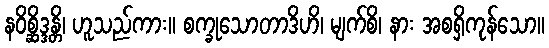
နဝိစ္ဆိဒ္ဒန္တိ၊ ဟူသည်ကား။ စက္ခုသောတာဒိဟိ၊ မျက်စိ၊ နား အစရှိကုန်သော။